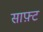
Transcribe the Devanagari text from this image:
साफ़्ट